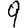
Digit: 9